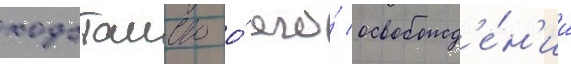
ходатаиство о́ его́ освобожд'е́н'ии